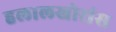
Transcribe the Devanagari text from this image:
हलालखोरांस